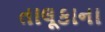
તાલૂકાના